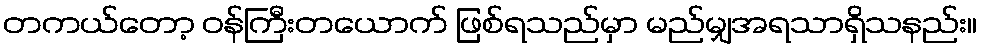
တကယ်တော့ ဝန်ကြီးတယောက် ဖြစ်ရသည်မှာ မည်မျှအရသာရှိသနည်း။